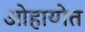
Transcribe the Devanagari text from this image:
ओहायोत